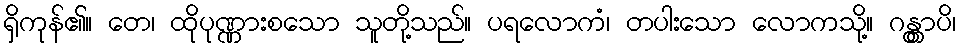
ရှိကုန်၏။ တေ၊ ထိုပုဏ္ဏားစသော သူတို့သည်။ ပရလောကံ၊ တပါးသော လောကသို့။ ဂန္တွာပိ၊